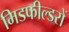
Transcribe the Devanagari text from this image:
मिडफील्डरों